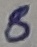
Text: 8